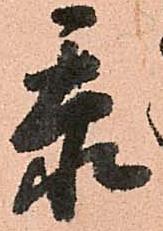
忝